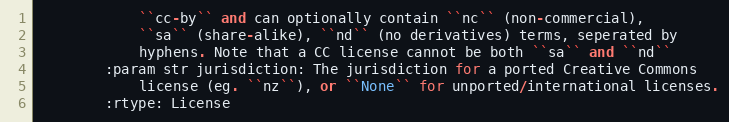
Language: Python
            ``cc-by`` and can optionally contain ``nc`` (non-commercial),
            ``sa`` (share-alike), ``nd`` (no derivatives) terms, seperated by
            hyphens. Note that a CC license cannot be both ``sa`` and ``nd``
        :param str jurisdiction: The jurisdiction for a ported Creative Commons
            license (eg. ``nz``), or ``None`` for unported/international licenses.
        :rtype: License